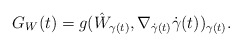
\begin{align*} G_W(t)=g(\hat{W}_{\gamma(t)},\nabla_{\dot{\gamma}(t)}\dot{\gamma}(t))_{\gamma(t)}.\end{align*}